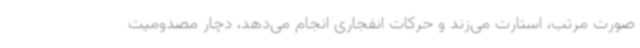
صورت مرتب، استارت می‌زند و حرکات انفجاری انجام می‌دهد، دچار مصدومیت